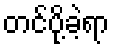
တင်ပို့ခဲ့ရာ